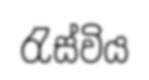
රැස්විය